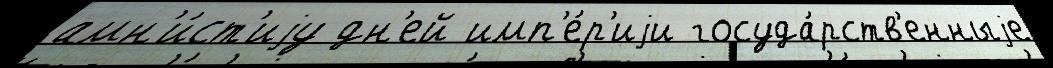
амн'и́ст'иjу дн'ей имп'е́р'иjи госуда́рств'енныjе